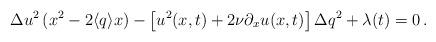
LaTeX: \begin{align*}{\Delta u}^2\, (x^{2} -2\langle q \rangle x) - \left[ u^{2}(x,t) +2\nu\partial_{x}u(x,t)\right] {\Delta q}^2 + \lambda(t) = 0 \, .\end{align*}